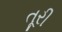
તૂરી